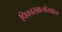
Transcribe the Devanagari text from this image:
पिकाखालोखाल